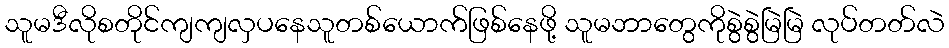
သူမဒီလိုစတိုင်ကျကျလှပနေသူတစ်ယောက်ဖြစ်နေဖို့ သူမဘာတွေကိုစွဲစွဲမြဲမြဲ လုပ်တတ်လဲ